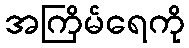
အကြိမ်ရေကို